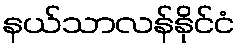
နယ်သာလန်နိုင်ငံ